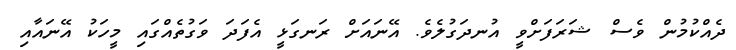
ދެއްކުމުން ވެސް ޝަރަފަށްވީ އުނދަގުލެވެ. އޭނައަށް ރަނގަޅީ އެފަދަ ވަގުތެއްގައި މީހަކު އޭނައާއި